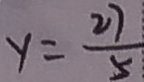
y = \frac { 2 7 } { 5 }